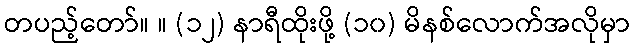
တပည့်တော်။ ။ (၁၂) နာရီထိုးဖို့ (၁၀) မိနစ်လောက်အလိုမှာ